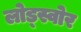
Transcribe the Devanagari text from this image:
लोड्स्वोर